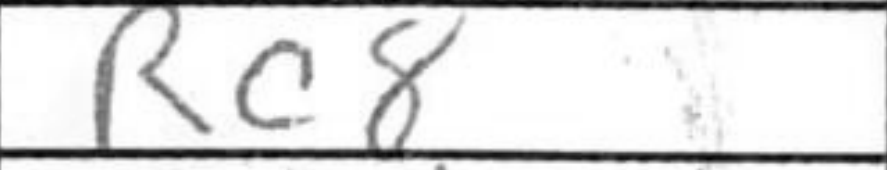
Transcription: Rc8